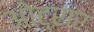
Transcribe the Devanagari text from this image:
ओट्रार